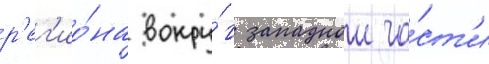
р'ег'ио́на вокру́г западнои ча́ст'и